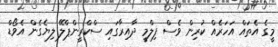
މީގެ އެތައް އަހަރެއް ކުރިން ވެސް ފިލްމީ ދާއިރާގައި ސްކްރީންޕްލޭ ލިޔެގެން އެވޯޑް